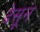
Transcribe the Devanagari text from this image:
देसून